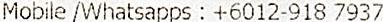
MOBILE /WHATSAPPS : +6012-918 7937